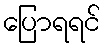
ပြောရရင်